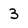
Character: 3